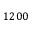
1 2 0 0